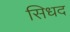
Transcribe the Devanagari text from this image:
सिधद